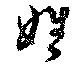
姓